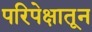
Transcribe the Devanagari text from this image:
परिपेक्षातून